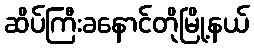
ဆိပ်ကြီးခနောင်တိုမြို့နယ်